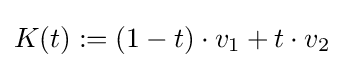
K(t):=(1-t)\cdot v_{1}+t\cdot v_{2}